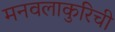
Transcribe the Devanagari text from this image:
मनवलाकुरिची